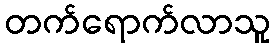
တက်ရောက်လာသူ